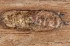
العاطفي